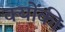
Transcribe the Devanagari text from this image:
क्‍योंकी